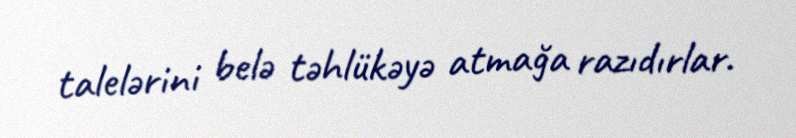
talelərini belə təhlükəyə atmağa razıdırlar.